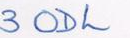
3 ODL